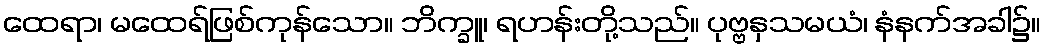
ထေရာ၊ မထေရ်ဖြစ်ကုန်သော။ ဘိက္ခူ၊ ရဟန်းတို့သည်။ ပုဗ္ဗနှသမယံ၊ နံနက်အခါ၌။